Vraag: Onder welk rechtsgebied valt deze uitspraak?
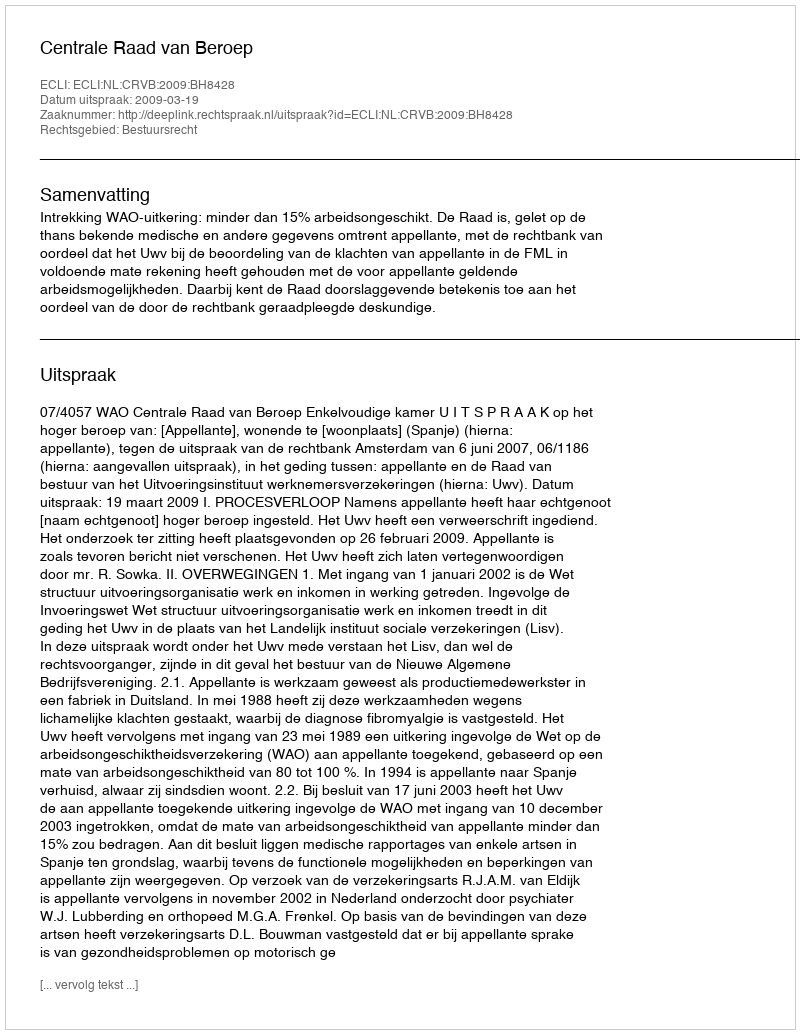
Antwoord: Bestuursrecht